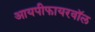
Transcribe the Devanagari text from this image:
आयपीफायरवॉल